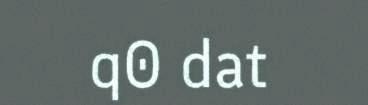
q0 dat